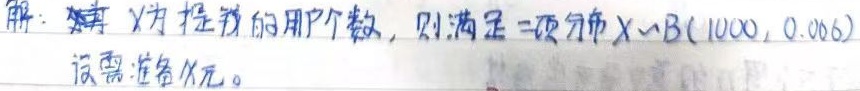
解：设 \(X\) 为投诉的用户个数，则满足二项分布 \(X\sim B(1000,0.006)\)。设需准备 \(x\) 元。